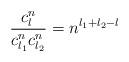
LaTeX: \begin{align*}\frac{c_{l}^{n}}{c_{l_{1}}^{n}c_{l_{2}}^{n}}=n^{l_{1}+l_{2}-l}\end{align*}